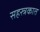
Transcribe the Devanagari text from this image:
सहस्त्रकात